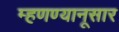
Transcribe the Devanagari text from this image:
म्हणण्यानूसार